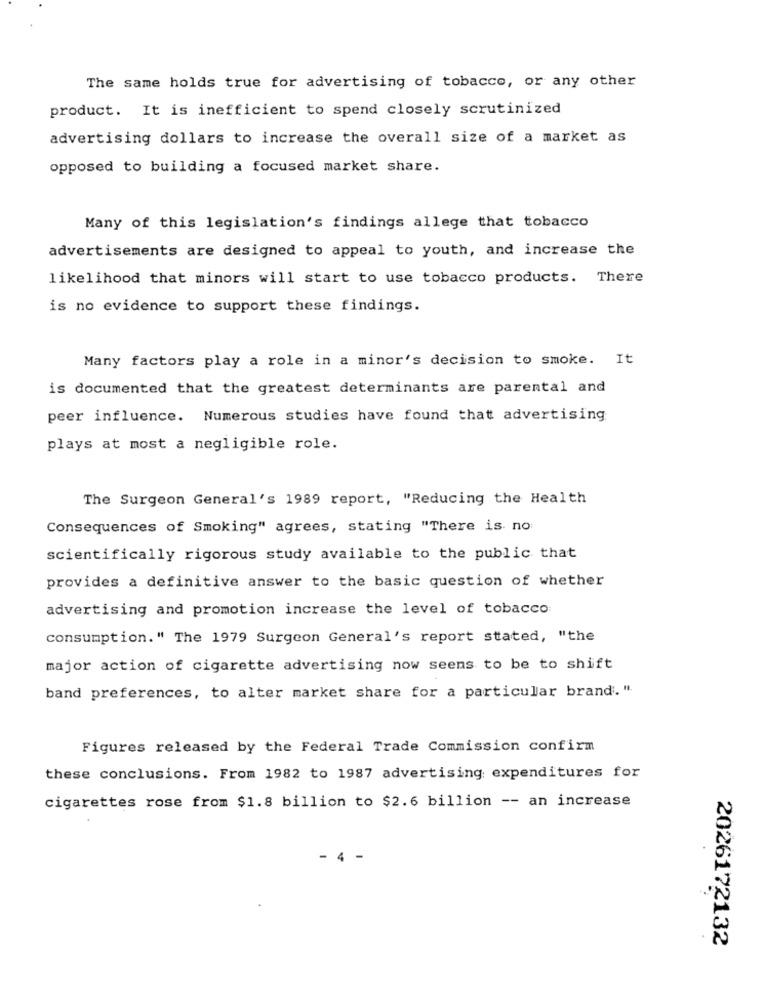
The same holds true for advertising of tobacco, or any other
product. It is inefficient to spend closely scrutinized
advertising dollars to increase the overall size of a market as
opposed to building a focused market share.
Many of this legislation's findings allege that tobacco
advertisements are designed to appeal to youth, and increase the
likelihood that minors will start to use tobacco products. There
is no evidence to support these findings.
Many factors play a role in a minor's decision to smoke. It
is documented that the greatest determinants are parental and
peer influence. Numerous studies have found that advertising
plays at most a negligible role.
The Surgeon General's 1989 report, "Reducing the Health
Consequences of Smoking" agrees, stating "There is no
scientifically rigorous study available to the public that
provides a definitive answer to the basic question of whether
advertising and promotion increase the level of tobacco
consumption." The 1979 Surgeon General's report stated, "the
major action of cigarette advertising now seens to be to shift
band preferences, to alter market share for a particular brand. ".
Figures released by the Federal Trade Commission confirm
these conclusions. From 1982 to 1987 advertising expenditures for
cigarettes rose from $1.8 billion to $2.6 billion -- an increase
4
2026172132